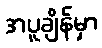
အပူချိန်မှာ